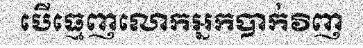
បើធ្មេញលោកអ្នកបាក់វិញ